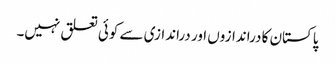
پاکستان کا دراندازوں اور دراندازی سے کوئی تعلق نہیں۔